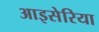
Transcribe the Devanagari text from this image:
आइसेरिया